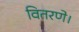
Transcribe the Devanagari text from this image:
वितरणे।